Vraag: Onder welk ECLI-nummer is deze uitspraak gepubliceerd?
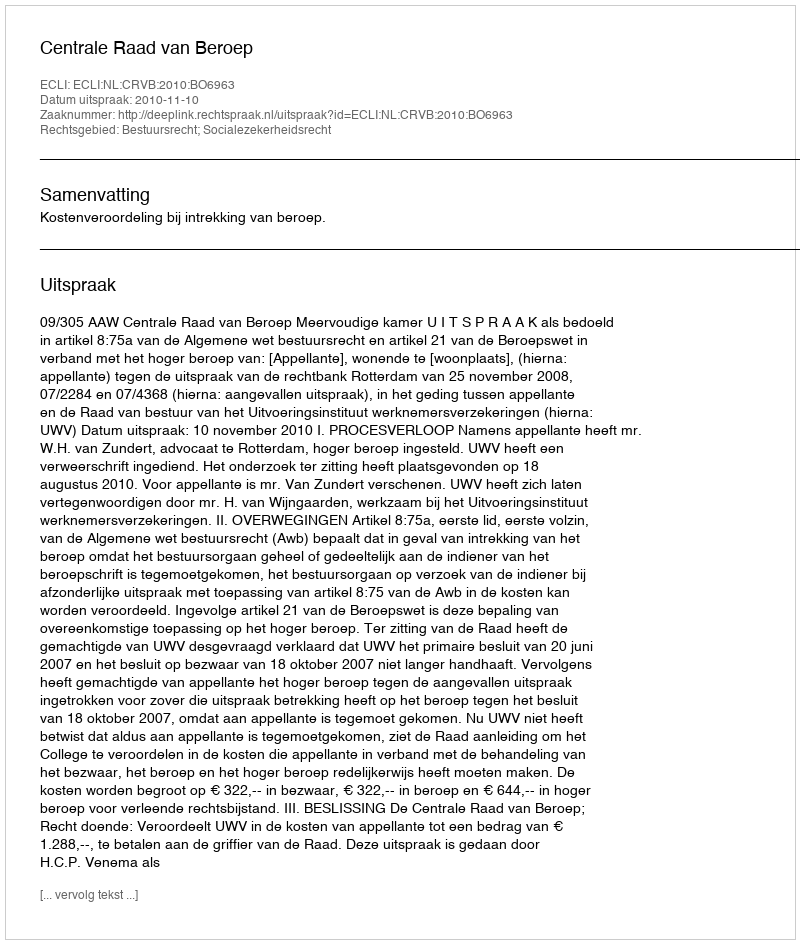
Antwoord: ECLI:NL:CRVB:2010:BO6963